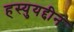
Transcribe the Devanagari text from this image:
हस्युयद्दीन